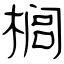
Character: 榈